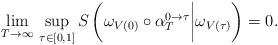
LaTeX: \begin{align*}\lim_{T\to\infty}\,\sup_{\tau\in[0,1]}S\left(\omega_{V(0)}\circ\alpha_T^{0\to\tau}\bigg|\omega_{V(\tau)}\right)=0.\end{align*}